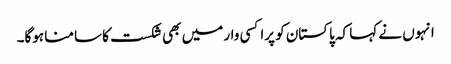
انہوں نے کہا کہ پاکستان کو پراکسی وار میں بھی شکست کا سامنا ہوگا۔